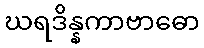
ဃရဒိန္နကာဗာဓော